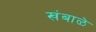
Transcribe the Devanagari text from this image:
खंबाळे